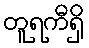
တူရကီရှိ